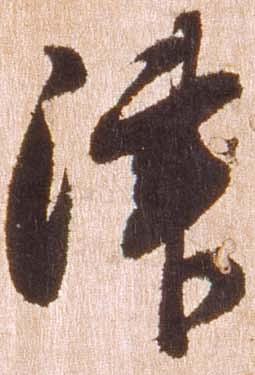
津